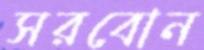
সরবোন